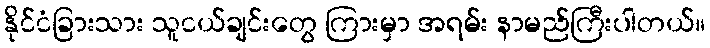
နိုင်ငံခြားသား သူငယ်ချင်းတွေ ကြားမှာ အရမ်း နာမည်ကြီးပါတယ်။